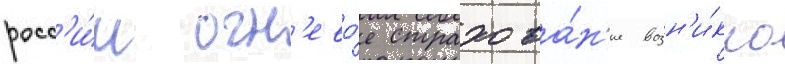
росс'и́и огн'ево́е страхова́н'ие возн'и́кло